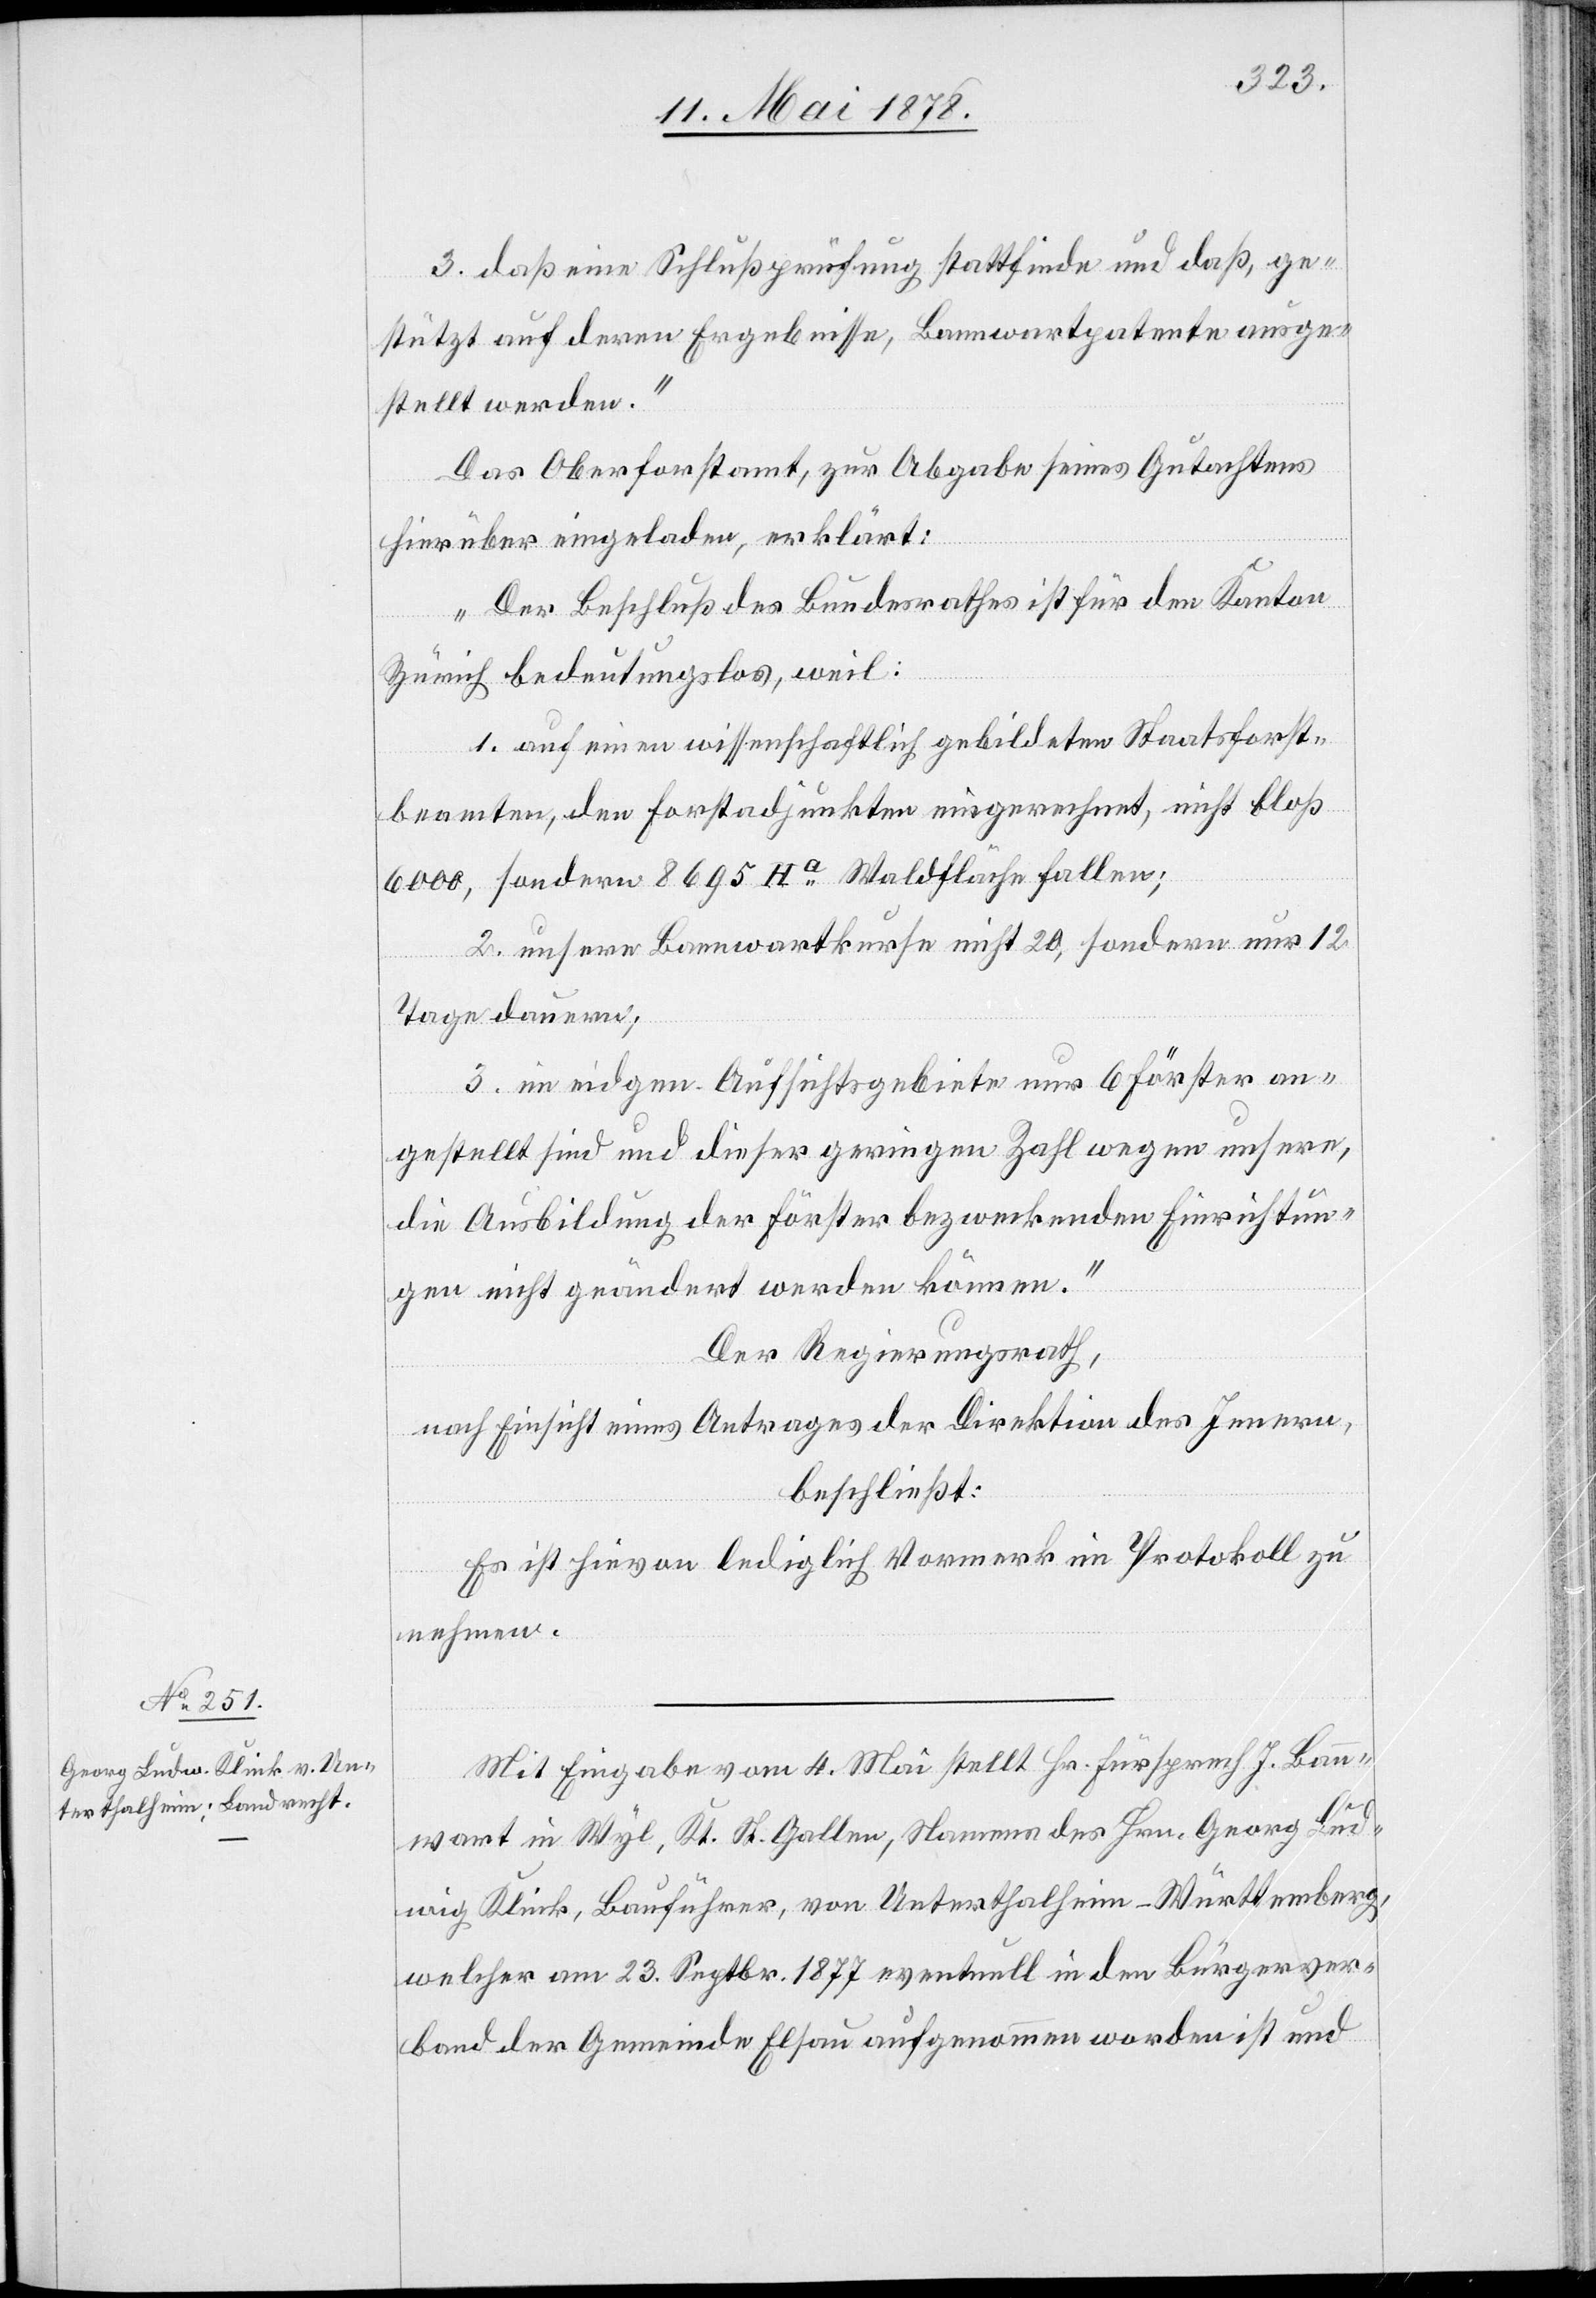
3. daß eine Schlußprüfung stattfinde und daß, ge¬
stützt auf deren Ergebnisse, Bannwartpatente ausge¬
stellt werden.“
Das Oberforstamt, zur Abgabe seines Gutachtens
hierüber eingeladen, erklärt:
„Der Beschluß des Bundesrathes ist für den Kanton
Zürich bedeutungslos, weil:
1. auf einen wissenschaftlich gebildeten Staatsforst¬
beamten, den Forstadjunkten eingerechnet, nicht bloß
6000, sonder 8695 Ha Waldfläche fallen;
2. unsere Bannwartkurse nicht 20, sondern nur 12
Tage dauern;
3. im eidgen. Aufsichtsgebiete nur 6 Förster an¬
gestellt sind und dieser geringen Zahl wegen unsere,
die Ausbildung der Förster bezweckenden Einrichtun¬
gen nicht geändert werden können.“
Der Regierungsrath,
nach Einsicht eines Antrages der Direktion des Innern,
beschließt:
Es ist hievon lediglich Vormerk im Protokoll zu
nehmen.
Mit Eingabe vom 4. Mai stellt Hr. Fürsprech J. Bann¬
wart in Wyl, Kt. St. Gallen, Namens des Hrn. Georg Lud¬
wig Klink, Bauführer, von Unterthalheim - Württemberg,
welcher am 23. Septbr. 1877 eventuell in den Bürgerver¬
band der Gemeinde Elsau aufgenommen worden ist und